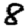
Digit: 8